Leningradi_Edasi_toimetus, lk 38
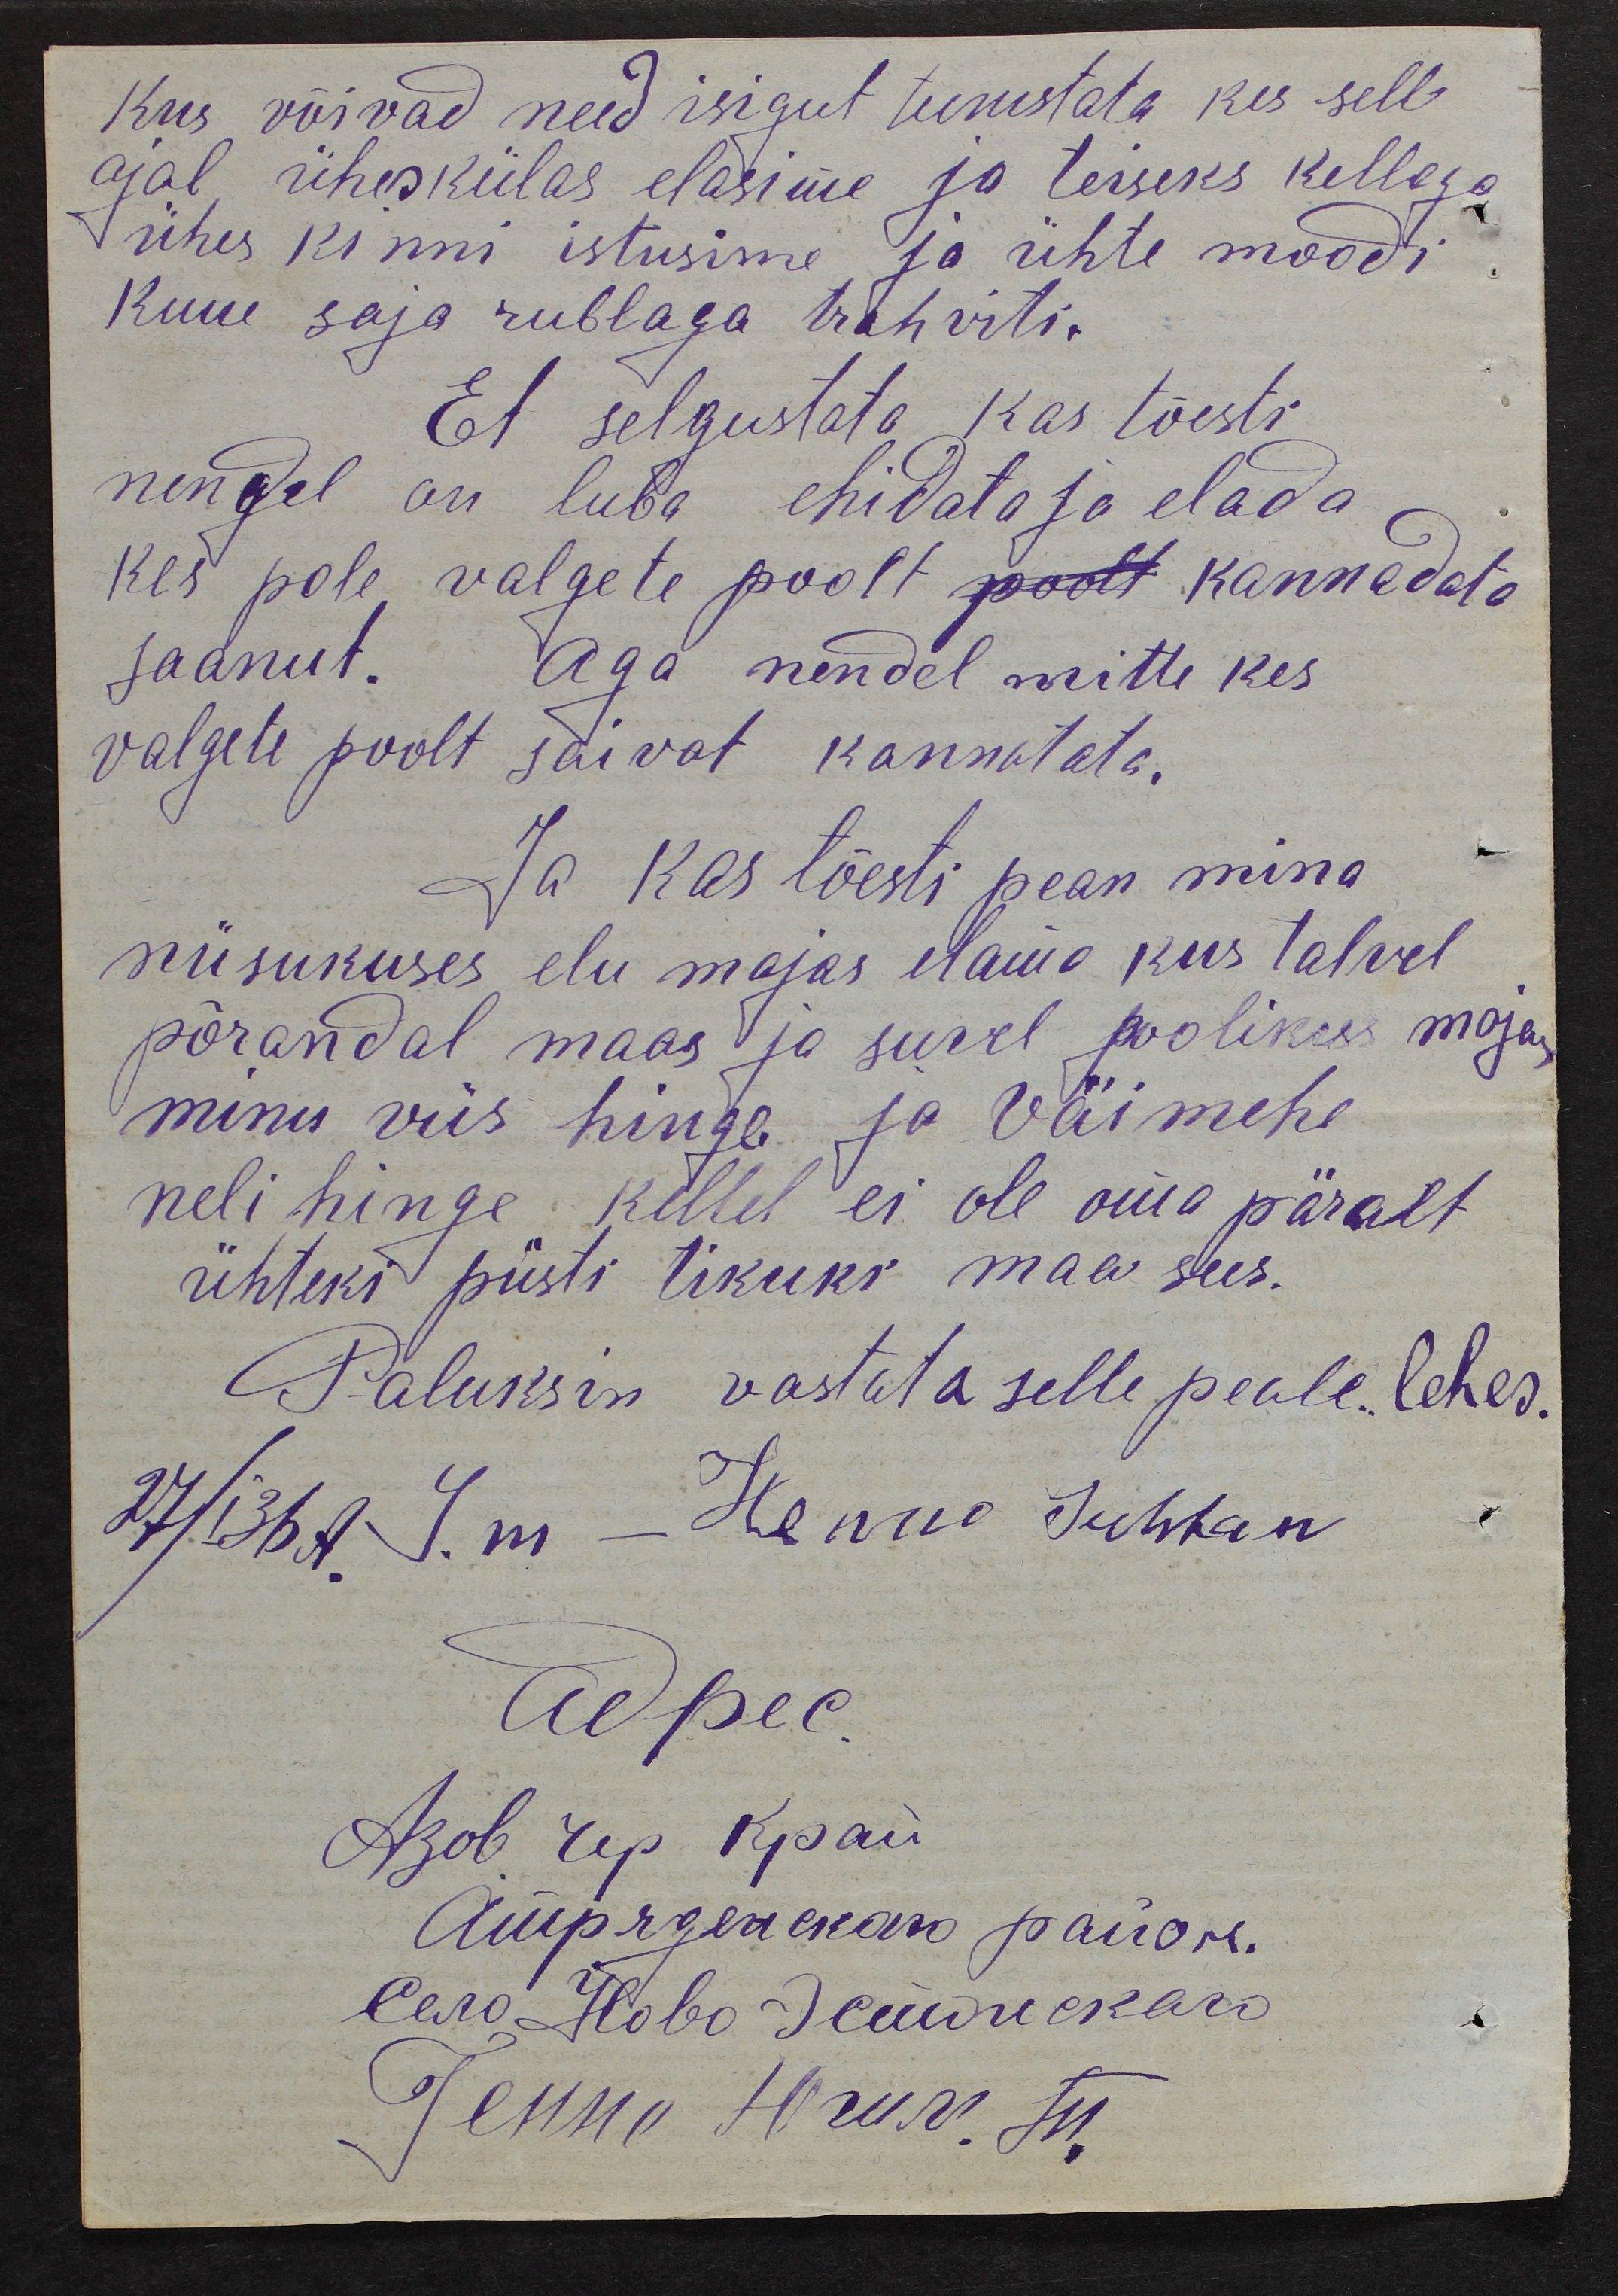
kus võivad need isigut tunistata kes sell
ajal ühes külas elasime ja teiseks kellega
ühes kinni istusime ja ühte moodi
kuue saja rublaga trahviti.
Et selgustata kas tõesti
nendel on luba ehidata ja elada,
kes pole valgete poolt poolt kannadata
jäänut. Aga nendel mitte kes
valgete poolt saivat kannatata.
Ja kas tõesti pean mina
niisukuses elu majas elama kus talvel
põrandal maas ja suvel poolikus majas
minu viis hinge ja väimehe
neli hinge kellel ei ole oma päralt
ühteki püsti tikuks maa sees.
Paluksin vastata selle peale lehes.
27/I36A. Y. m - Henno Juhhan